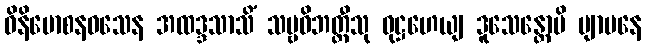
ဝိနိမောစနဝသေန အထဒ္ဒသာသိံ သဗ္ဗဝိဘတ္တီသု ဝုဋ္ဌဟေယျ ဒူသေန္တောပိ ဗျာပနေ